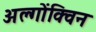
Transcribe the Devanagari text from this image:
अल्गोंक्विन